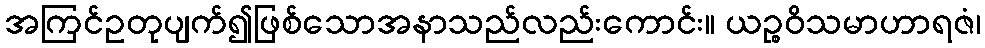
အကြင်ဥတုပျက်၍ဖြစ်သောအနာသည်လည်းကောင်း။ ယဉ္စဝိသမာဟာရဇံ၊